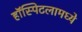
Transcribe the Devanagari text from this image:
हॉस्पिटलामध्ये